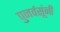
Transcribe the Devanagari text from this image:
पुनर्वसूंनी